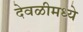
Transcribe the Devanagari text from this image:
देवळीमध्ये